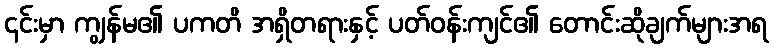
၎င်းမှာ ကျွန်မ၏ ပကတိ အရှိတရားနှင့် ပတ်ဝန်းကျင်၏ တောင်းဆိုချက်များအရ